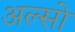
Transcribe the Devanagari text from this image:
अल्सो